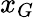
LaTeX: x_{G}